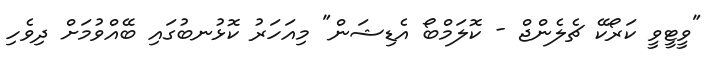
"ވީޓީވީ ކަރޯކޭ ޗެލެންޖް - ކޮލަމްބޯ އެޑިޝަން" މިއަހަރު ކޮޅުނބުގައި ބޭއްވުމަށް ދިވެހި